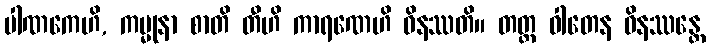
ပါဏကေဟိ, ကမ္မုနာ စာတိ တီဟိ ကာရဏေဟိ ဝိနဿတိ။ တတ္ထ ဝါတေန ဝိနဿန္တေ